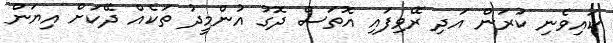
ކައިވެނި ކުރަން އަދި ރޭވިފައި އޮތަސް ދޮގު އުންމީދު ތަކެއް ދޭކަށް އިޔަން